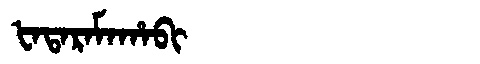
Manchu: ᡶᠠᡨᠠᡵᠠᠮᠠᡥᠠᠪᡳ
Romanization: FATARAMAHABI